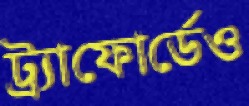
ট্র্যাফোর্ডেও